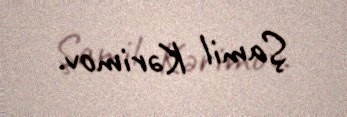
Şamil Kərimov.